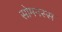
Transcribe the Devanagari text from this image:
सोमनस्स